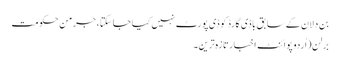
بن دلان کے سابق باڈی گارڈ کو ڈی پورٹ نہیں کیا جا سکتا، جرمن حکومت
برلن(اُردو پوائنٹ اخبارتازہ ترین۔